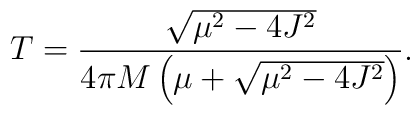
T=\frac{\sqrt{\mu^2-4 J^2}}{4\pi M \left(\mu+ \sqrt{\mu^2-4 J^2}\right)}.